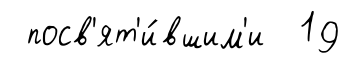
посв'ят'и́вшим'и 19